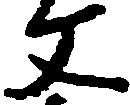
文